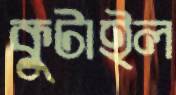
কুটাইল